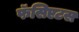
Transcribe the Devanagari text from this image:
फॅसिएटस